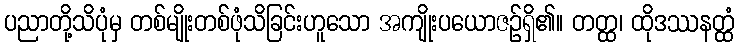
ပညာတို့သိပုံမှ တစ်မျိုးတစ်ဖုံသိခြင်းဟူသော အကျိုးပယောဇဉ်ရှိ၏။ တတ္ထ၊ ထိုဒဿနတ္ထံ